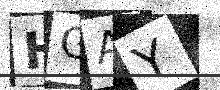
Text: HGAY